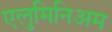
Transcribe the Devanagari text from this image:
एलुमिनिअम